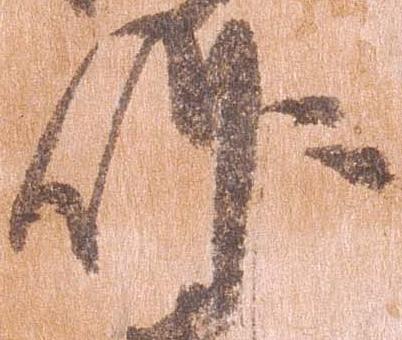
作